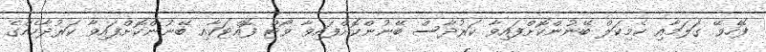
ފޮހެވޭ ގަލަމާއި ކެމިކަލް ބޭނުންކޮށްފައިވާ ކަރުދާސް ބޭނުންކޮށްފައިވާ ވޯޓް ފޮއްޓަކާއި ބޭނުންކޮށްފައިވާ ކަރުދާހެއްގެ